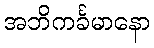
အဘိကင်္ခမာနော